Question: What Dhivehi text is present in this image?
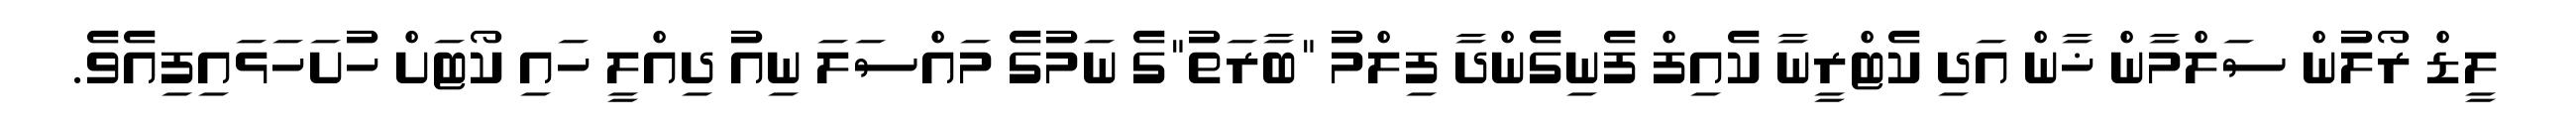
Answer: ލީޑް ރޯލުން ސަލްމާން ޚާން އަދި ކެޓްރީނާ ކެއިފް ފެނިގެންދާ ފިލްމު "ބާރަތު"ގެ ނަމުގެ މައްސަލަ ނިއު ދިއްލީ ހައި ކޯޓަށް ހުށަހަޅައިފިއެވެ.